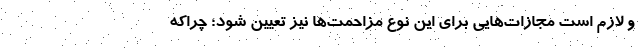
و لازم است مجازات‌هایی برای این نوع مزاحمت‌ها نیز تعیین شود؛ چرا‌که